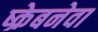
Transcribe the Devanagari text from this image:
ष्क्रेबनेवा